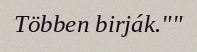
Többen birják.""